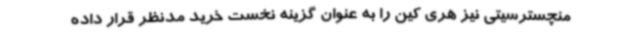
منچسترسیتی نیز هری کین را به عنوان گزینه نخست خرید مدنظر قرار داده